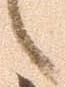
候